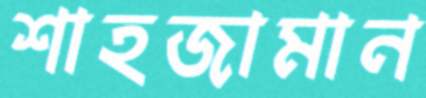
শাহজামান